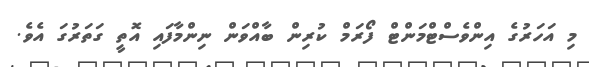
މި އަހަރުގެ އިންވެސްޓްމަންޓް ފޯރަމް ކުރިން ބާއްވަން ނިންމާފައި އޮތީ ގަތަރުގަ އެވެ.